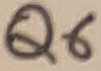
Text: Q6